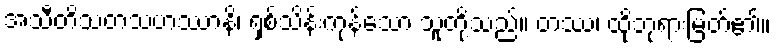
အသီတိသတသဟဿာနိ၊ ရှစ်သိန်းကုန်သော သူတို့သည်။ တဿ၊ ထိုဘုရားမြတ်၏။